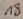
Text: 18